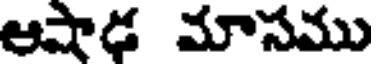
ఆషాడ మాసము